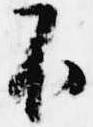
不